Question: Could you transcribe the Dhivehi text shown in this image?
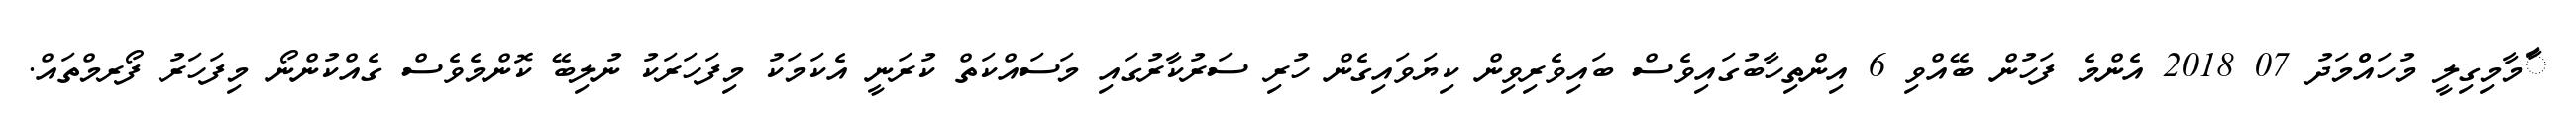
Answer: ާަމާމިގިލީ މުހައްްމަދު 07 2018 އެންމެ ފަހުން ބޭއްވި 6 އިންތިހާބުގައިވެސް ބައިވެރިވިން ކިޔަވައިގެން ހުރި ސަރުކާރުގައި މަސައްކަތް ކުރަނީ އެކަމަކު މިފަހަރަކު ނުލިބޭ ކޮންމެވެސް ގެއްކުންނޯ މިފަހަރު ފޯރމްތައް.